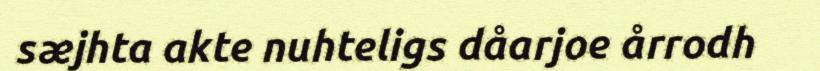
sæjhta akte nuhteligs dåarjoe årrodh